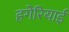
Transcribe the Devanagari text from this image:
हगेरियाई